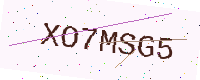
Text: XO7MSG5